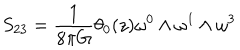
S _ { 2 3 } = \frac { 1 } { 8 { \pi } G } { \theta } _ { 0 } ( z ) { \omega } ^ { 0 } \wedge { \omega } ^ { 1 } \wedge { \omega } ^ { 3 }